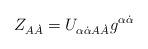
LaTeX: \begin{align*} Z_{A\dot A} = U_{\alpha\dot\alpha A\dot A}g^{\alpha\dot\alpha}\end{align*}